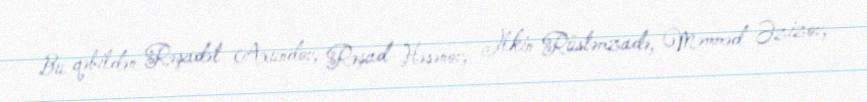
Bu qəbildən Rəşadət Axundov, Rəşad Həsənov, İlkin Rüstəmzadə, Məmməd Əzizov,